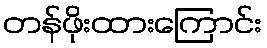
တန်ဖိုးထားကြောင်း